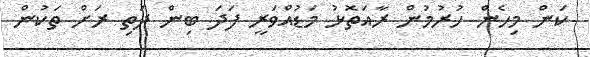
ކަން މިހެން ހުރުމުން ރާއަތޮޅު މަޑުއްވަރީ ފަދަ ބިން ދަތި ރަށް ތަކުން